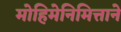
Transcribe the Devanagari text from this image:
मोहिमेनिमित्ताने